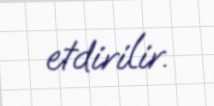
etdirilir.